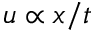
u \propto x / t